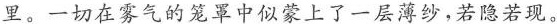
里。一切在零气的笼罩中似蒙上了一层薄纱，若隐若现。